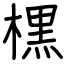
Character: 𣘸